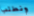
ونطلب